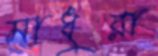
মাধুরা